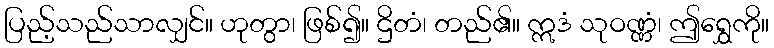
ပြည့်သည်သာလျှင်။ ဟုတွာ၊ ဖြစ်၍။ ဌိတံ၊ တည်၏။ ဣဒံ သုဝဏ္ဏံ၊ ဤရွှေကို။